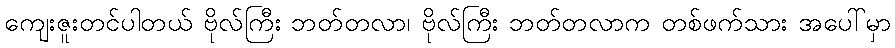
ကျေးဇူးတင်ပါတယ် ဗိုလ်ကြီး ဘတ်တလာ၊ ဗိုလ်ကြီး ဘတ်တလာက တစ်ဖက်သား အပေါ်မှာ